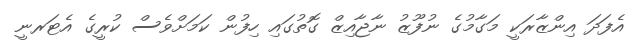
އެފަދަ އިންޒާރަކީ މަގާމުގެ ނުފޫޒު ނާޖާއިޒް ގޮތުގައި ހިފުން ކަމަށްވެސް ކުރީގެ އެޓަރނީ